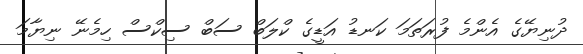
ދުނިޔޭގެ އެންމެ ފުރަތަމަ ކަނޑު އަޑީގެ ކްލަބް ސަބް ސިކްސް ހިމެނޭ ނިޔާމަ